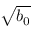
\sqrt { b _ { 0 } }